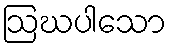
ဩဃပါသော